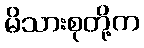
မိသားစုတို့က